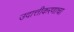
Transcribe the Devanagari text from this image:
उदात्तीकरणाचा